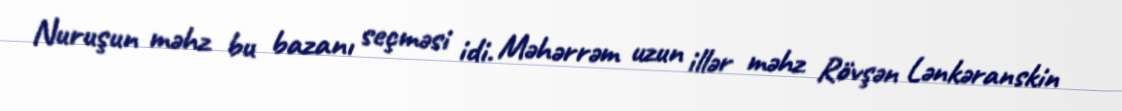
Nuruşun məhz bu bazanı seçməsi idi. Məhərrəm uzun illər məhz Rövşən Lənkəranskin